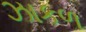
ઝાકળ